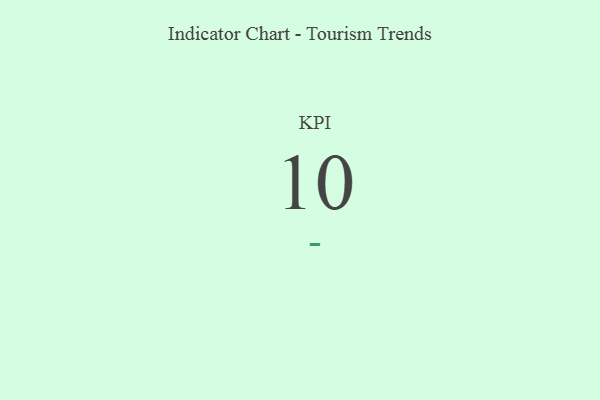
{"axis": {"x": "KPI", "y": "Value"}, "legend": [""], "data": [{"x": "KPI", "y": 10, "type": ""}]}